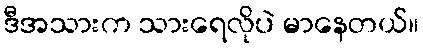
ဒီအသားက သားရေလိုပဲ မာနေတယ်။